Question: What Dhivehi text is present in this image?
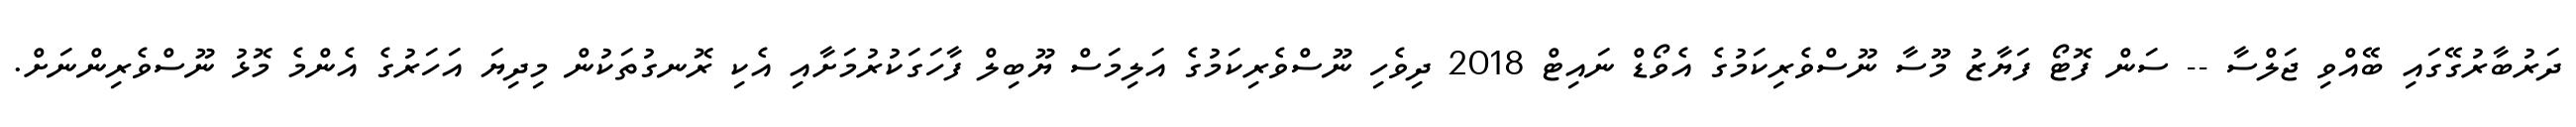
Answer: ދަރުބާރުގޭގައި ބޭއްވި ޖަލްސާ -- ސަން ފޮޓޯ ފަޔާޒު މޫސާ ނޫސްވެރިކަމުގެ އެވޯޑް ނައިޓް 2018 ދިވެހި ނޫސްވެރިކަމުގެ އަލިމަސް ޔޫބިލް ފާހަގަކުރުމަށާއި އެކި ރޮނގުތަކުން މިދިޔަ އަހަރުގެ އެންމެ މޮޅު ނޫސްވެރިންނަށް.